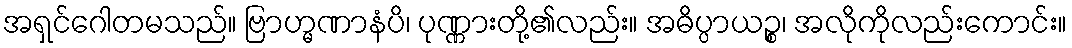
အရှင်ဂေါတမသည်။ ဗြာဟ္မဏာနံပိ၊ ပုဏ္ဏားတို့၏လည်း။ အဓိပ္ပာယဉ္စ၊ အလိုကိုလည်းကောင်း။